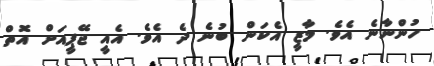
ހުންނާނެ އެވެ. މާޒީ އެކަން ބުނެ ދެ އެވެ. އެއީ ޖޭޕީއަށް އޮތް